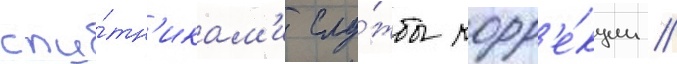
спу́тн'икам'и слу́жбы корр'е́кции //